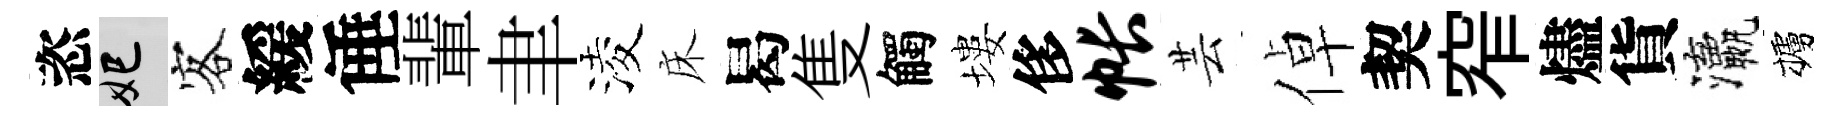
恣妃客緩倕輩聿淩床曷隻觸塿侈帐芸倬契窄燼貨瀛櫨